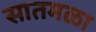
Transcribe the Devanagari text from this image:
सातमळा